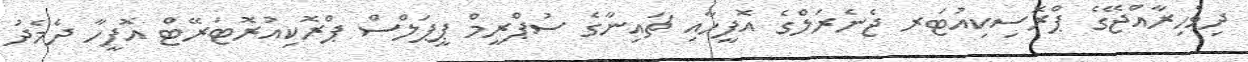
ދިވެހިރާއްޖޭގެ ޕްރޮސިކިއުޓަރ ޖެނެރަލްގެ އޮފީހާއި ޗައިނާގެ ސުޕްރީމް ޕީޕަލްސް ޕްރޮކިއުރޮޓަރޭޓް އޮފީހާ ދެމެދު